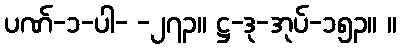
ပဏ်-၁-ပါ- -၂၇၃။ ဋ္ဌ-ဒု-အုပ်-၁၅၃။ ။